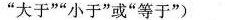
”大于””小于”或”等于”)